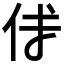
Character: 𠇇